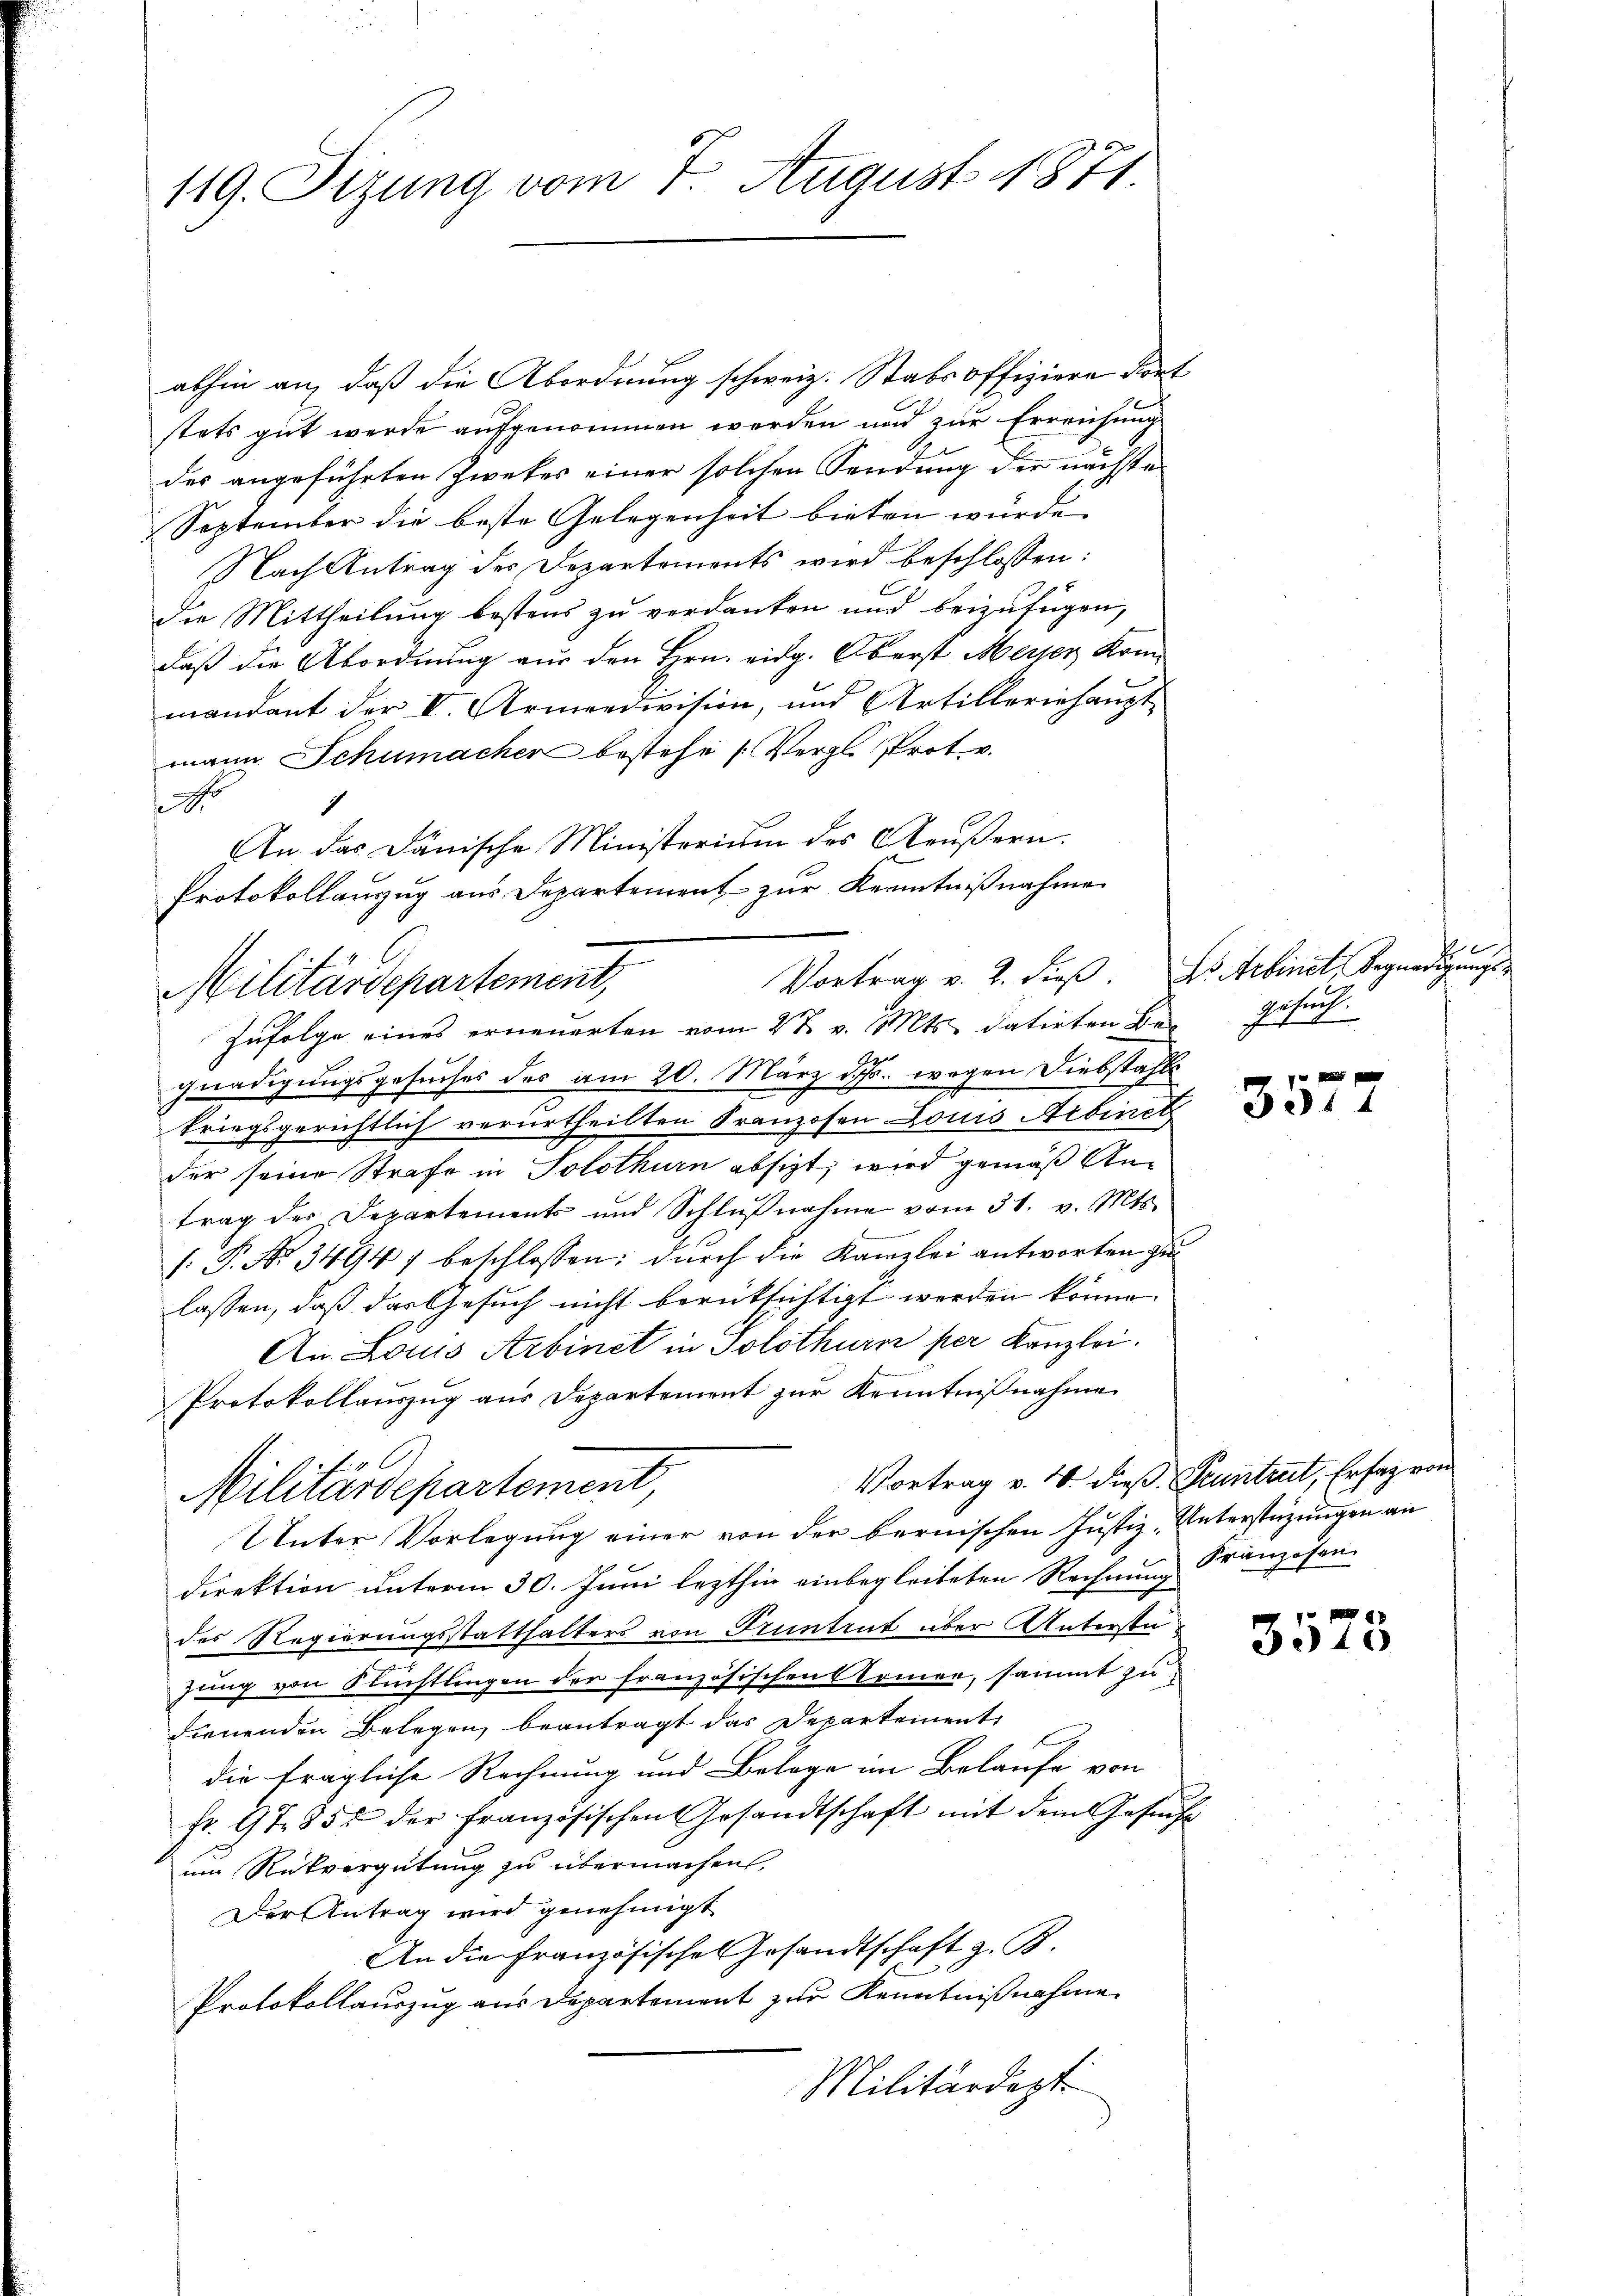
119. Sizung vom 7. August 1871

abhin an, daß die Abordnung schweiz. Stabsoffiziere dort
stets gut werde aufgenommen werden und zur Erreichung
des angeführten Zweker einer solchen Sendung der nächste
September die beste Gelegenheit bieten würde.
Nach Antrag des Departements wird beschlossen:
Die Mittheilung bestens zu verdanken und beizufügen,
daß die Abordnung aus den Hrn. eidg. Oberst Messer Kommandant der V. Armeedivision, und Artilleriehaŭpt
mann Schumacher bestehe (Vergl. Prot. v.
e
1
An das Dänische Ministerium des Aeußern.
Protokollauszug aus Departement zur Kenntnißnahme
Zufolge eines erneuerten vom 2 t v. Mts. datirten Begnadigungsgesuches des am 20. März d. Js. wegen Diebstahls
kriegsgerichtlich verurtheilten Franzosen Louis Arbinet
der seine Strafe in Solothurn absizt, wird gemäß Antrag der Departements und Schlŭβnahme vom 31. v. Mts.
: P. Nr. 3494) beschlossen; durch die Kanzlei antworten zu
lassen, daß das Gesuch nicht berüksichtigt werden könne.
An Louis Arbinet in Solothurn per Kanzlei.
Protokollauszug aus Departement zur Kenntnißnahme
Vortrag v. 4. dieß Pruntrut, Erfaz von
Militärdepartement,
Unter Vorlegung einer von der bernischen Justiz-Unterstüzungen an
direktion unterm 30. Juni lezthin einbegleiteten Rechnung Franzosen-
des Regierungsstatthalters von Truntrut über Unterste
zung von Flüchtlingen der französischen Armen, sammt zu
dienenden Belegen beantragt das Departement
die fragliche Rechnung und Belage im Belaufe von
fr. 97. 354 der Französischen Gesandtschaft mit dem Gesŭcht
um Rückvergütung zu übermachen.
Der Antrag wird genehmigt
An die Französisches Gesandtschaft z. B.
Protokollauszug aus Departement zur Kenntnißnahme
Militärdept

Militärdepartement,

Vortrag v. 2. dieß. So erbinet, Begnadigungs¬
Ersuch

3314

3575